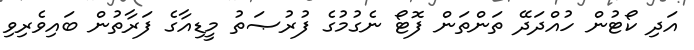
އަދި ކޯޓުން ހުއްދަދޭ ތަންތަން ފޮޓޯ ނެގުމުގެ ފުރުޞަތު މީޑިއާގެ ފަރާތުން ބައިވެރިވި